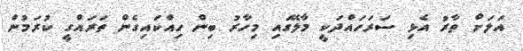
އަލަށް ތާރު އެޅި ސަރަހައްދަކީ މާލޭގައި މިހާރު ބިން ހިއްކައިގެން ތަރައްގީ ކުރަމުން